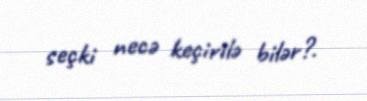
seçki necə keçirilə bilər?.